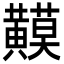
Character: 𪏟